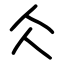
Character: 仌